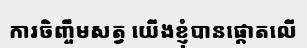
ការចិញ្ចឹមសត្វ យើងខ្ញុំបានផ្តោតលើ